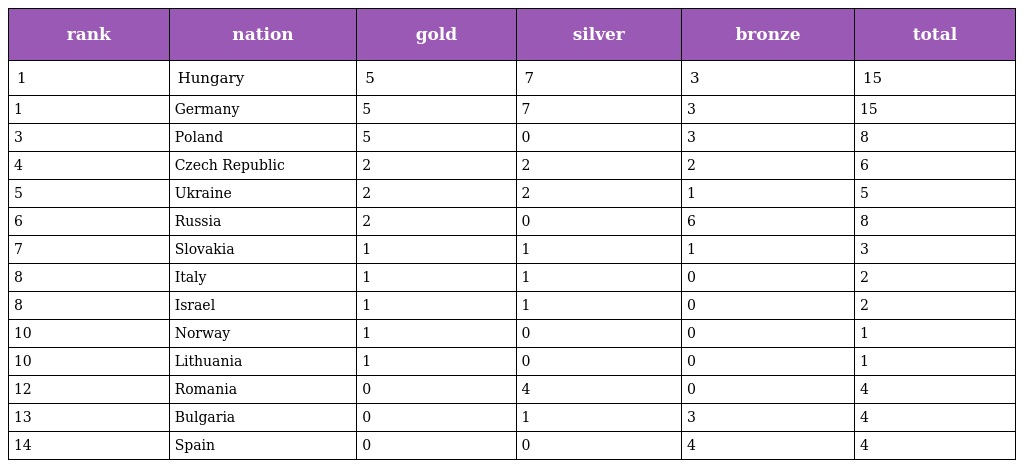
| rank | nation | gold | silver | bronze | total |
 | --- | --- | --- | --- | --- | --- |
 | 1 | Hungary | 5 | 7 | 3 | 15 |
 | 1 | Germany | 5 | 7 | 3 | 15 |
 | 3 | Poland | 5 | 0 | 3 | 8 |
 | 4 | Czech Republic | 2 | 2 | 2 | 6 |
 | 5 | Ukraine | 2 | 2 | 1 | 5 |
 | 6 | Russia | 2 | 0 | 6 | 8 |
 | 7 | Slovakia | 1 | 1 | 1 | 3 |
 | 8 | Italy | 1 | 1 | 0 | 2 |
 | 8 | Israel | 1 | 1 | 0 | 2 |
 | 10 | Norway | 1 | 0 | 0 | 1 |
 | 10 | Lithuania | 1 | 0 | 0 | 1 |
 | 12 | Romania | 0 | 4 | 0 | 4 |
 | 13 | Bulgaria | 0 | 1 | 3 | 4 |
 | 14 | Spain | 0 | 0 | 4 | 4 |